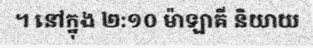
។ នៅក្នុង ២:១០ ម៉ាឡាគី និយាយ